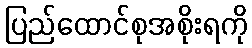
ပြည်ထောင်စုအစိုးရကို